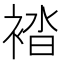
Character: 𧛆